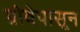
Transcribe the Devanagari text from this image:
ग्रीवेपासून